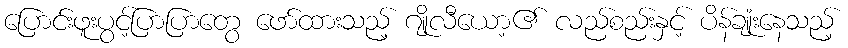
ပြောင်းဖူးပွင့်ပြာပြာတွေ ဖော်ထားသည့် ဂျိုလီယော့၏ လည်စည်းနှင့် ပိန်ချုံးနေသည့်